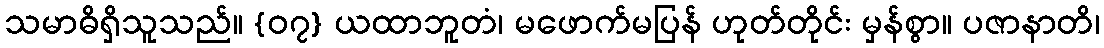
သမာဓိရှိသူသည်။ {၀၇} ယထာဘူတံ၊ မဖောက်မပြန် ဟုတ်တိုင်း မှန်စွာ။ ပဇာနာတိ၊